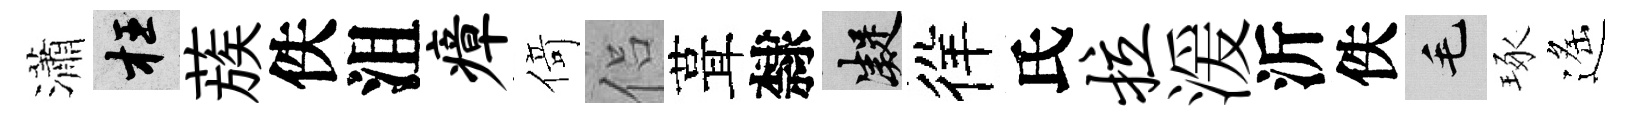
瀟枉蔟佚沮瘴𠋣侣葺隸凝徉氏拉湲沂佚毛琢遙